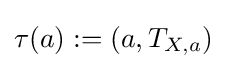
\tau (a):=(a,T_{X,a})